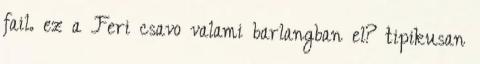
fail. ez a Feri csavo valami barlangban el? tipikusan